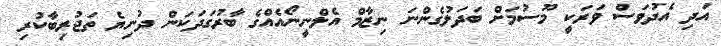
އަދި އެދުވަސް ވަރަކީ މޫސުމަށް ބަދަލުގެންނަ ނިޒާމް އެލްނީނޯއެއްގެ ބާރުގަދަކަން ދުނިޔެ ތަޖުރިބާކުރި